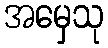
အမှေသု